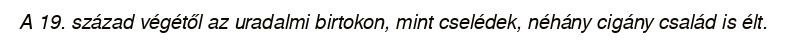
A 19. század végétől az uradalmi birtokon, mint cselédek, néhány cigány család is élt.